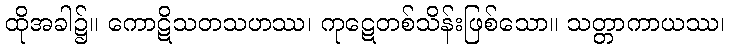
ထိုအခါ၌။ ကောဋိသတသဟဿ၊ ကုဋေတစ်သိန်းဖြစ်သော။ သတ္တာကာယဿ၊